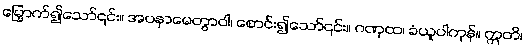
မြှောက်၍သော်၎င်း။ အပနာမေတွာဝါ၊ စောင်း၍သော်၎င်း။ ဂဏှထ၊ ခံယူပါကုန်။ ဣတိ၊